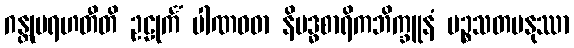
ဂန္တုမရဟတီတိ ဥဠုင်္ကံ ပါဏဝဓာ နိဗဒ္ဓစာရိကဘိက္ခူနံ ပဉ္စသတမနုဿာ